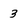
Character: 3